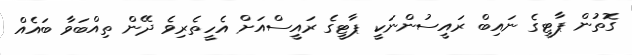
ގޮތުން ޕާޓީގެ ނައިބް ރައީސުންނަކީ ޕާޓީގެ ރައީސްއަށް އެހީތެރިވެ ދޭން ތިއްބަވާ ބައެއް